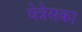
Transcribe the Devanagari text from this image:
वेत्रेसका